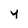
Character: Y